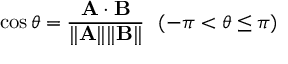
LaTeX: \cos \theta = { \frac { \mathbf { A \cdot B } } { \| \mathbf { A } \| \| \mathbf { B } \| } } \ \ ( - \pi < \theta \leq \pi )